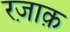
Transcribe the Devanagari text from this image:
रज़ाक़